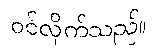
ဝင်လိုက်သည်။